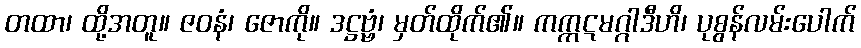
တထာ၊ ထို့အတူ။ ဇဝနံ၊ ဇောကို။ ဒဋ္ဌဗ္ဗံ၊ မှတ်ထိုက်၏။ ကက္ကဋမဂ္ဂါဒီဟိ၊ ပုစွန်လမ်းပေါက်